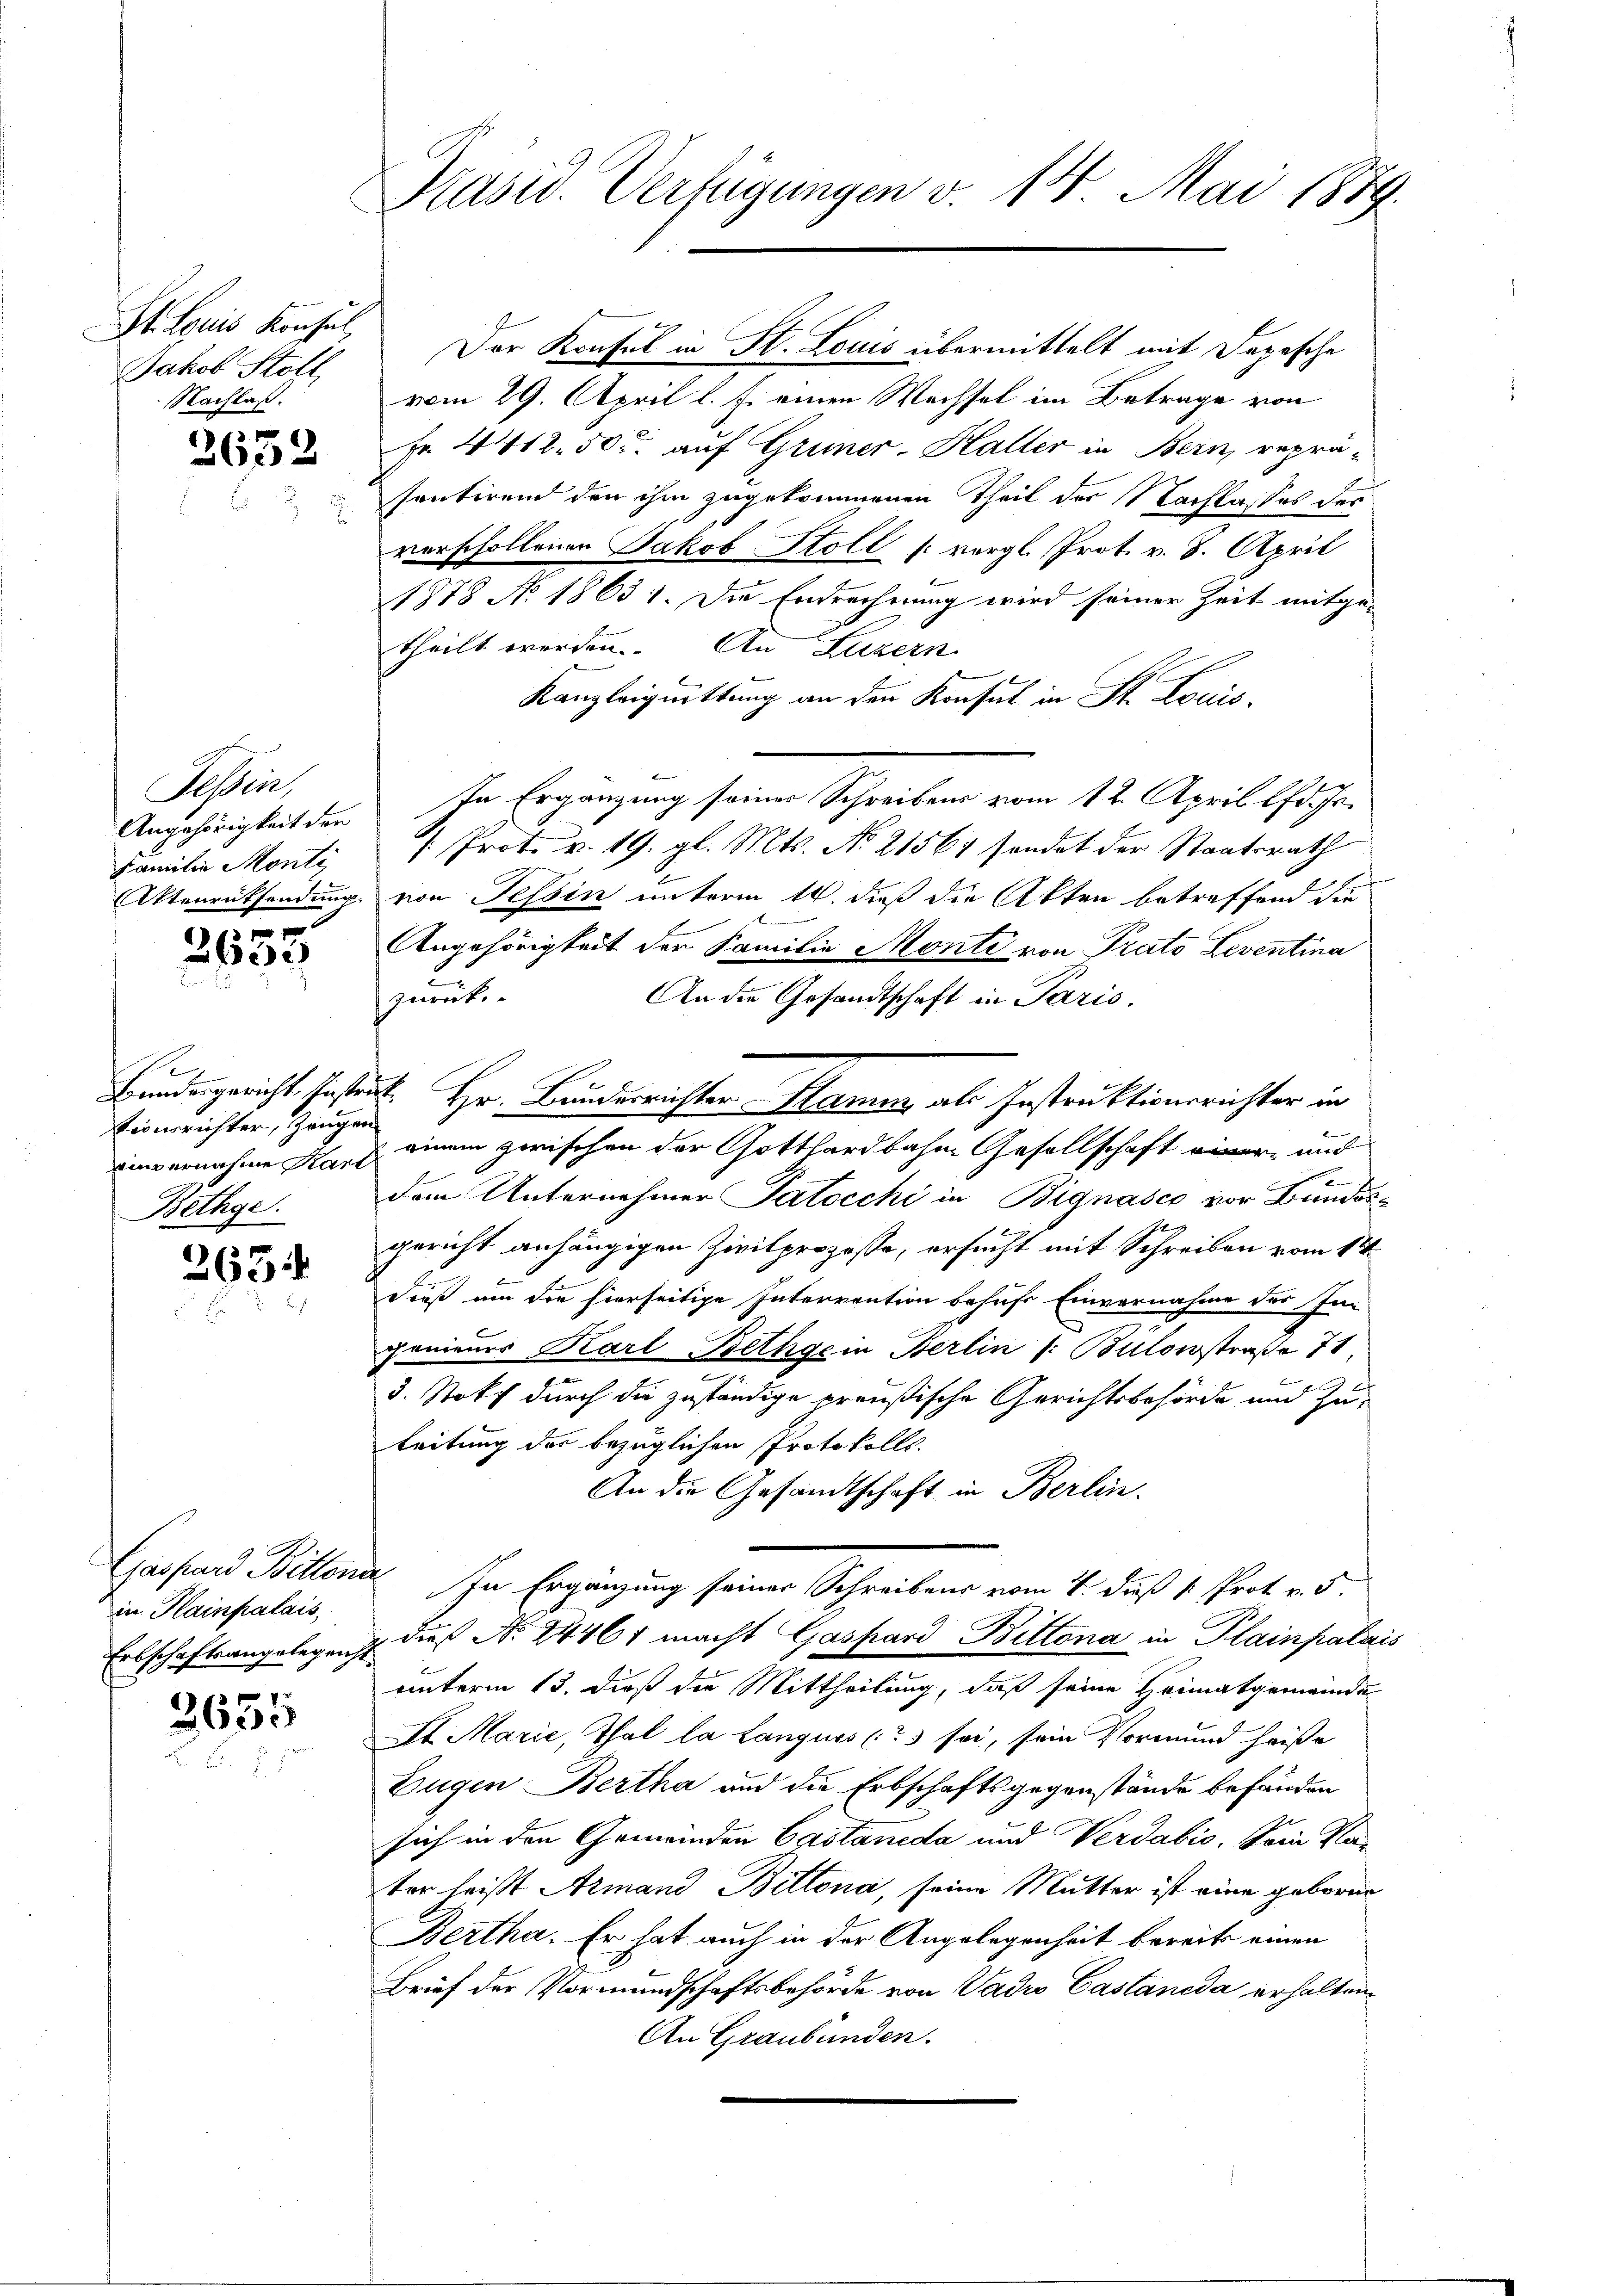
St. Louis Konsul,
Jakob Stoll,
Nachlaß.

3652

Sein
Angehörigkeit der
Familie Monti,

2635

tiderrichter, Zeugen
Bethge.

2634

in Hainpalais,

3655

Präsid. Verfügungen v. 18 Mai 1879.

Der Konsul in St. Louis übermittelt mit Depesche
vom 29. April l. J. einen Wachsel im Betrage von
Fr. 4412. 50c auf Gruner-Haller in Bern, repräsentirend den ihm zugekommenen Theil der Nachlasses des
verschollenen Jakob Stoll /: vergl. Prot. v. 8. April
1878 No. 1863 1. Die Endrechnung wird seiner Zeit mitge-
theilt werden. An Luzern
Kanzleiquittung an den Konsul in St. Louis-
In Ergänzung seiner Schreiben vom 12. April läche.
/. Prot. v. 19. gl. Mts. No. 21567 sendet der Staatsrath
Aktenrücksendung von Tessin unterm 14. dieß die Akten betreffend die
Angehörigkeit der Familie Monte von Prato Leventina
zurück-
An die Gesandtschaft in Paris.
Bundesgericht. Instruct. Hr. Bundesrichter Stamm als Instruktionsrichter in
einvernahme Karl einem zwischen der Gotthardbahne Gesellschaft einer und
dem Unternehmer Patocchi in Bignasco vor Bundesgericht anhängigen Zivilprozesse, ersucht mit Schreiben vom 11ten
Dieß um die hierseitige Intervention behufs Einvernahme des Im
genieurs Karl Bethgein Berlin /: Bülowstraße 71.
3. Stokf durch die zuständige preußische Gerichtsbehörde und Zu¬
Leitung des bezüglichen Protokolls.
An die Gesandtschaft in Berlin.
Castand Bittener. In Ergänzung seiner Schreibens vom 4. daß 1. Prat v. 5.
Erbschaftsangelegens dieß N. 24461 macht Gaspard Bittona in Plainpalais
unterm 13. dieß die Mittheilung, daß seine Heimatgemeinde
St. Marie, Thal la Langues (35 sei, sein Vormund heiße
Eugen Bertha und die Erbschaftsgegenstände befänden
sich in den Gemeinden Castanida und Verdabis. Sein Vater heißt Armand Bittona, seine Mutter ist eine geboren
Bertha. Er hat auch in der Angelegenheit bereits einen
Brief der Vormundschaftsbehörde von Vadro Castaneda erhalten
An Graubünden.